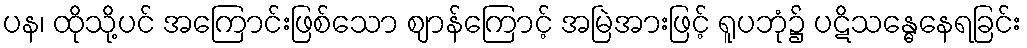
ပန၊ ထိုသို့ပင် အကြောင်းဖြစ်သော ဈာန်ကြောင့် အမြဲအားဖြင့် ရူပဘုံ၌ ပဋိသန္ဓေနေရခြင်း